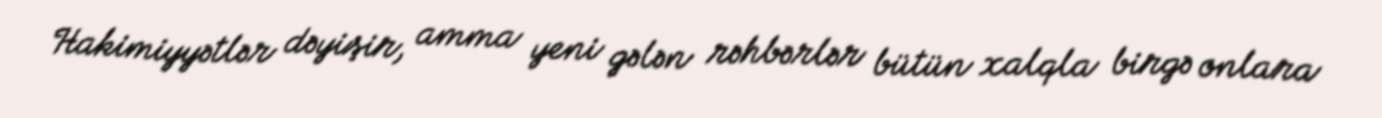
Hakimiyyətlər dəyişir, amma yeni gələn rəhbərlər bütün xalqla birgə onlara